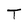
Character: T